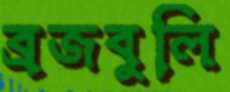
ব্রজবুলি